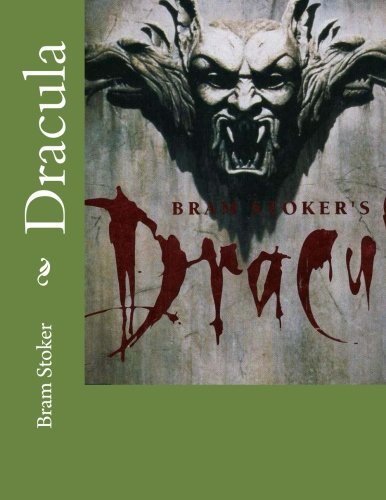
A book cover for Dracula (Spanish Edition); Bram Stoker; Science Fiction & Fantasy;